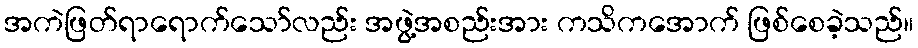
အကဲဖြတ်ရာရောက်သော်လည်း အဖွဲ့အစည်းအား ကသိကအောက် ဖြစ်စေခဲ့သည်။